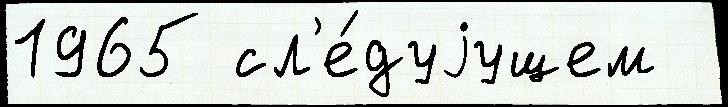
1965 сл'е́дуjущем